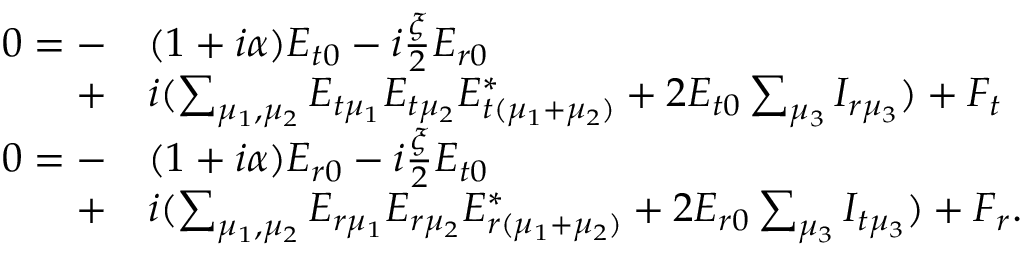
\begin{array} { r l } { 0 = - } & { ( 1 + i \alpha ) E _ { t 0 } - i \frac { \xi } { 2 } E _ { r 0 } } \\ { + } & { i ( \sum _ { \mu _ { 1 } , \mu _ { 2 } } E _ { t \mu _ { 1 } } E _ { t \mu _ { 2 } } E _ { t ( \mu _ { 1 } + \mu _ { 2 } ) } ^ { * } + 2 E _ { t 0 } \sum _ { \mu _ { 3 } } I _ { r \mu _ { 3 } } ) + F _ { t } } \\ { 0 = - } & { ( 1 + i \alpha ) E _ { r 0 } - i \frac { \xi } { 2 } E _ { t 0 } } \\ { + } & { i ( \sum _ { \mu _ { 1 } , \mu _ { 2 } } E _ { r \mu _ { 1 } } E _ { r \mu _ { 2 } } E _ { r ( \mu _ { 1 } + \mu _ { 2 } ) } ^ { * } + 2 E _ { r 0 } \sum _ { \mu _ { 3 } } I _ { t \mu _ { 3 } } ) + F _ { r } . } \end{array}